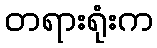
တရားရုံးက